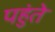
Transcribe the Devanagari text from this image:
पहुंते